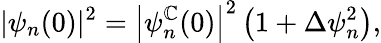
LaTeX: |\psi_{n}(0)|^{2}=\left|\psi_{n}^{\mathbb{C}}(0)\right|^{2}\left(1+\Delta\psi_{n}^{2}\right),